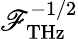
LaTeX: \mathscr{F}_{\mathrm{{{THz}}}}^{-1/2}